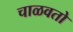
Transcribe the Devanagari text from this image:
चाळवतो